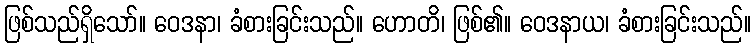
ဖြစ်သည်ရှိသော်။ ဝေဒနာ၊ ခံစားခြင်းသည်။ ဟောတိ၊ ဖြစ်၏။ ဝေဒနာယ၊ ခံစားခြင်းသည်။